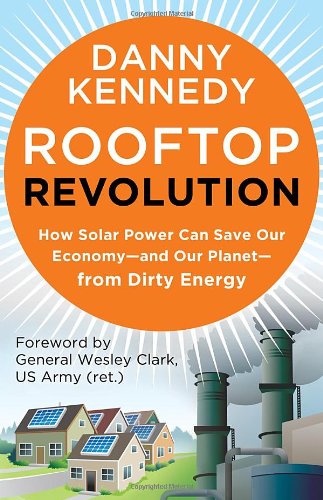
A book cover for Rooftop Revolution: How Solar Power Can Save Our Economy-and Our Planet-from Dirty Energy; Danny Kennedy; Business & Money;